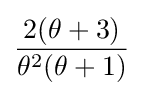
{\frac {2(\theta +3)}{\theta ^{2}(\theta +1)}}